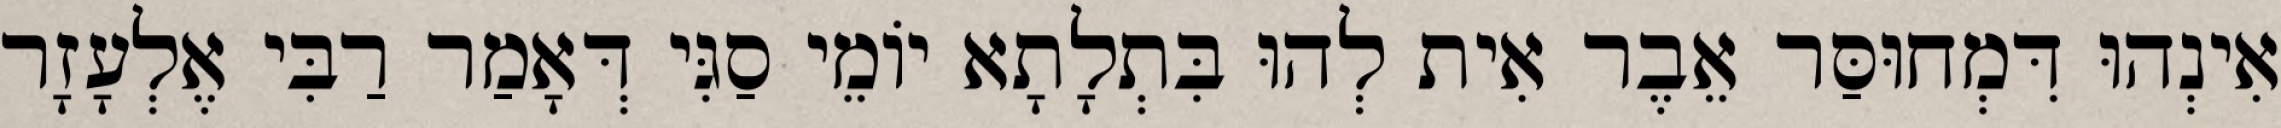
אִינְהוּ דִּמְחוּסַּר אֵבֶר אִית לְהוּ בִּתְלָתָא יוֹמֵי סַגִּי דְּאָמַר רַבִּי אֶלְעָזָר